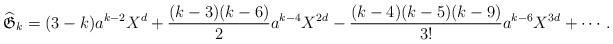
LaTeX: \begin{align*}\mathfrak{\widehat G}_k=(3-k)a^{k-2}X^d+\frac{(k-3)(k-6)}{2}a^{k-4}X^{2d}- \frac{(k-4)(k-5)(k-9)}{3!}a^{k-6}X^{3d}+ \cdots. \end{align*}